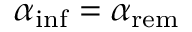
\alpha _ { \mathrm { i n f } } = \alpha _ { \mathrm { r e m } }